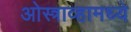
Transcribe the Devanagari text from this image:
ओस्त्राव्हामध्ये